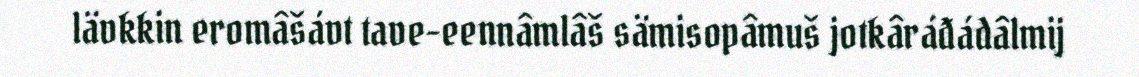
lävkkin eromâšávt tave-eennâmlâš sämisopâmuš jotkâráđádâlmij